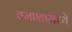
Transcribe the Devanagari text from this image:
तमाशामध्ये